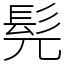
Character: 髡